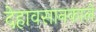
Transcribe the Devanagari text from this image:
देहावसानकाले